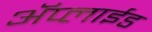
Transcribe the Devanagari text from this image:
ॲप्लाईड